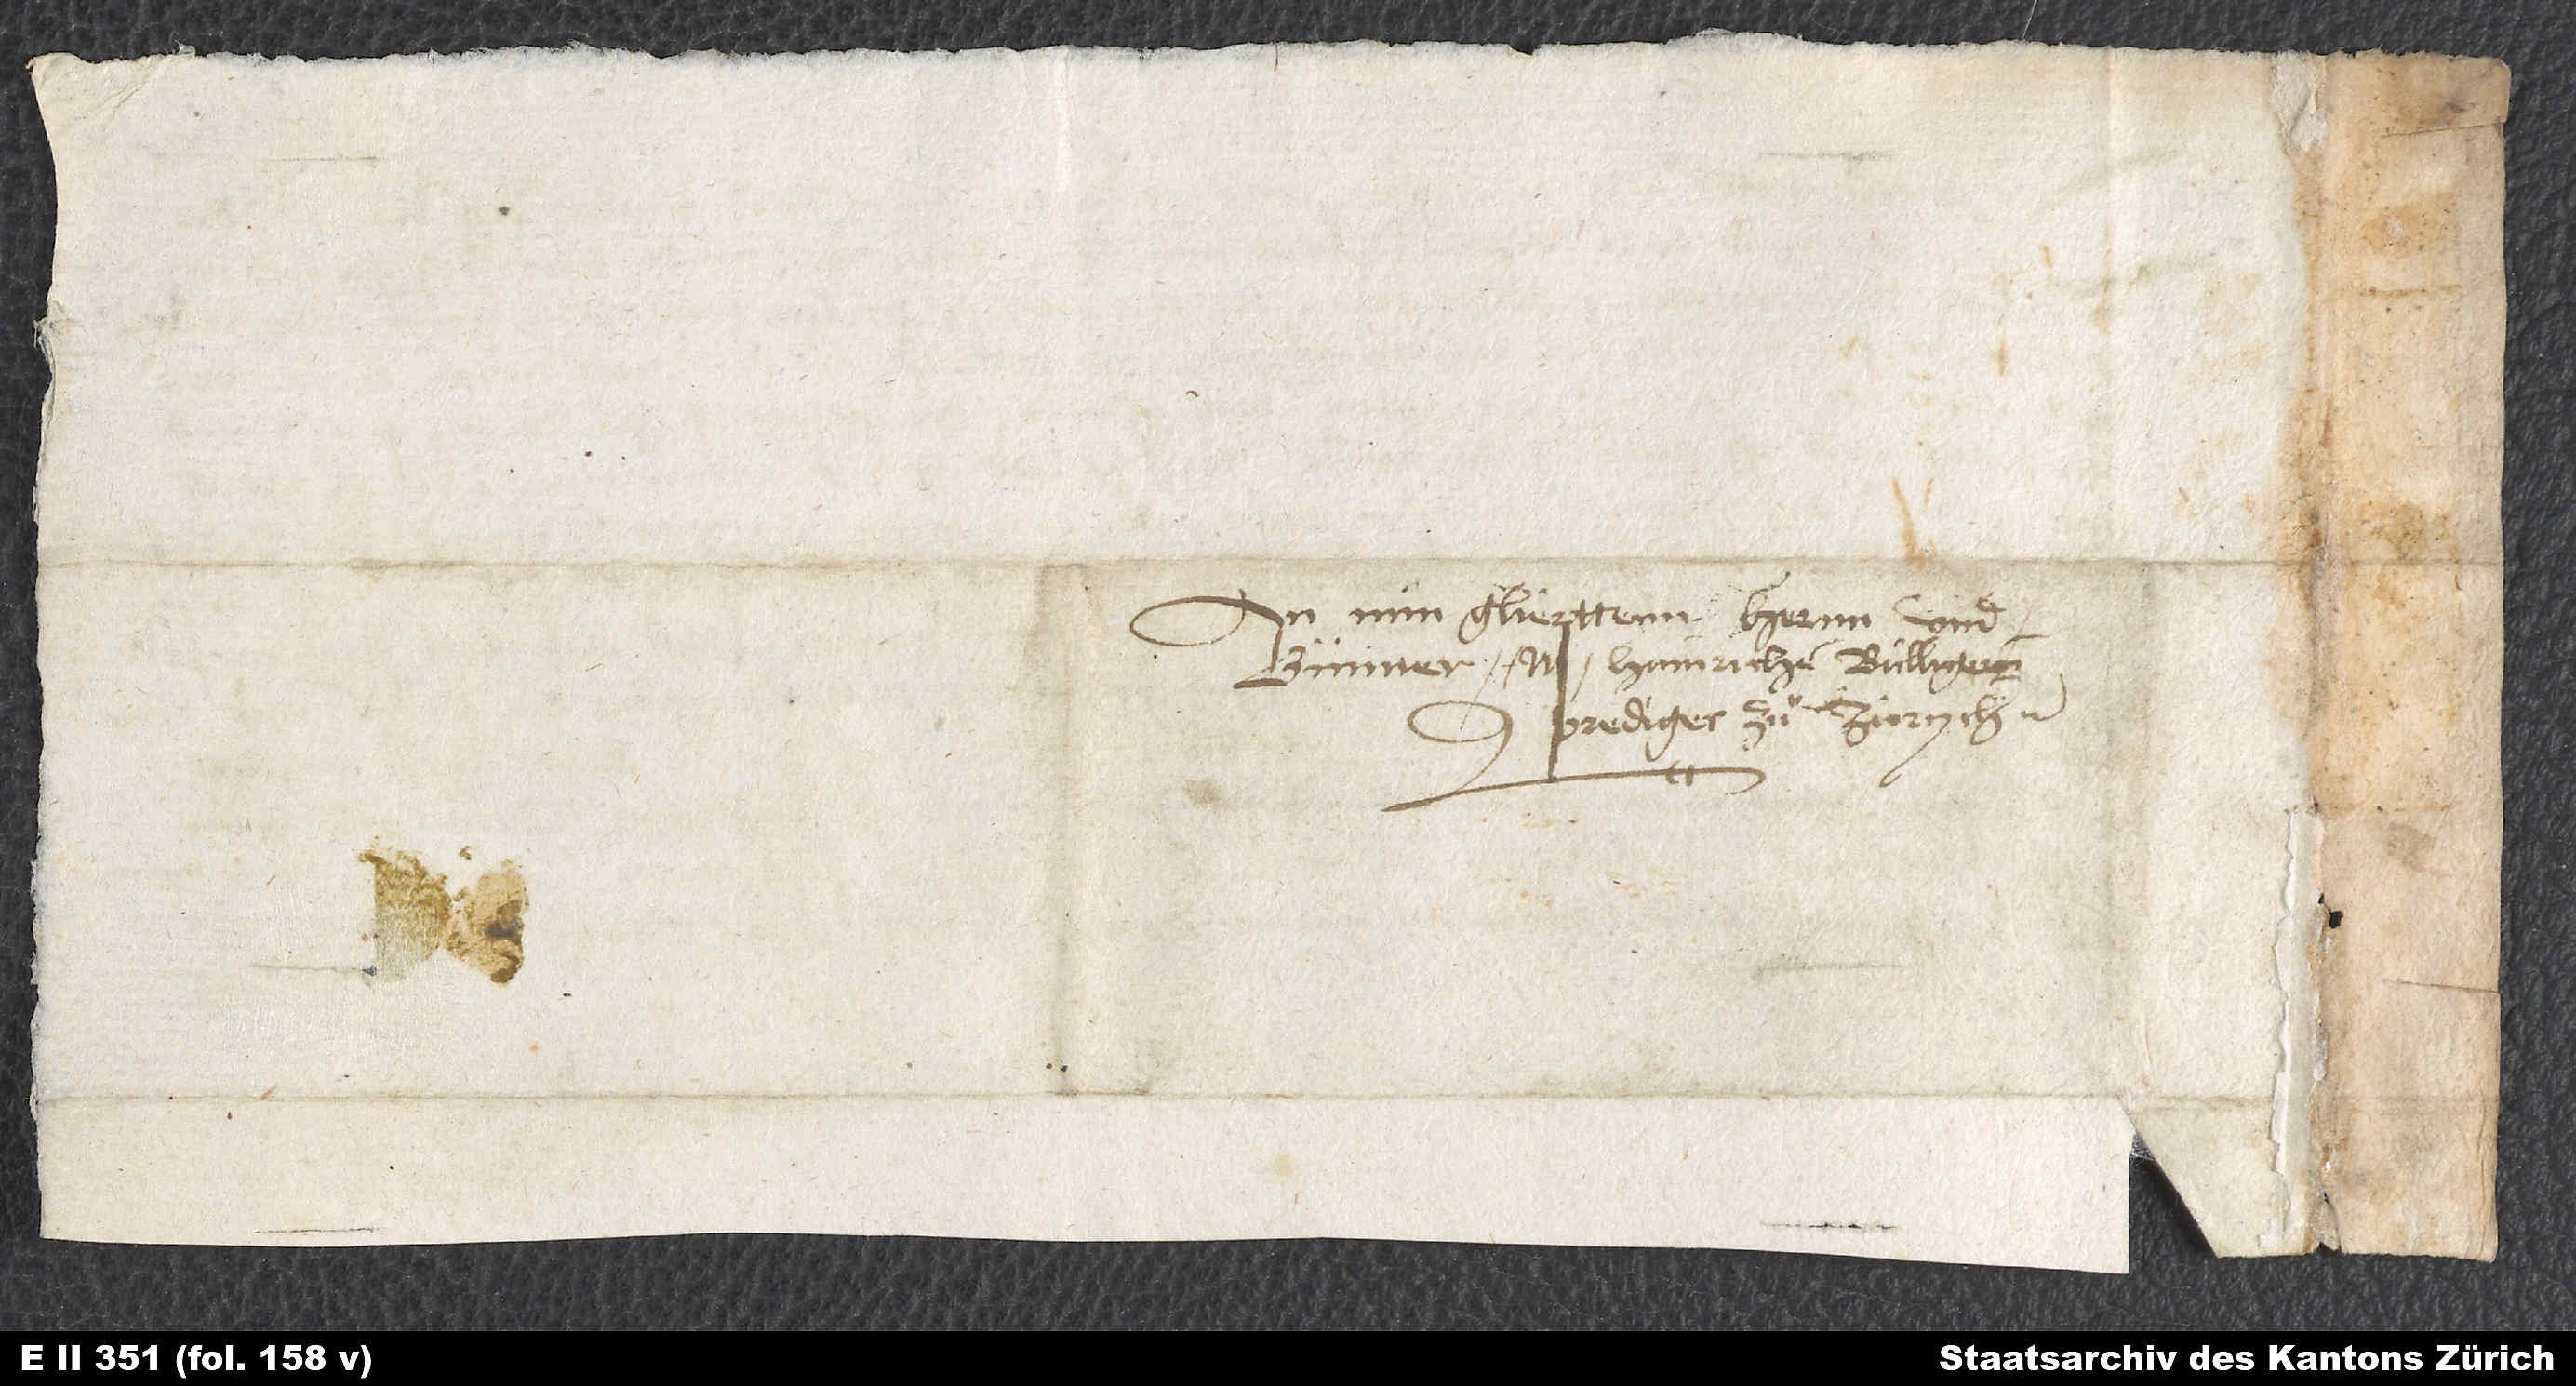
An min gliepttenn hernn und
gunner M. Hainrichen Bulligernn,
prediger zuͦ Zurych.